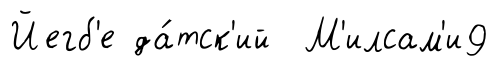
Йегб'е да́тск'ий М'илсам'и9